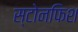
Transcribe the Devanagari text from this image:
स्टोनफिश